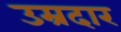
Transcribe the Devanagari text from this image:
उम्रदार